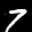
Label: 7